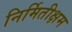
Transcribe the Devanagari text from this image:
निर्मितीक्षम